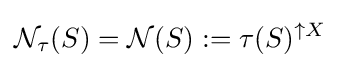
{\mathcal {N}}_{\tau }(S)={\mathcal {N}}(S):=\tau (S)^{\uparrow X}